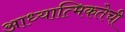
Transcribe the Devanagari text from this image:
आध्यात्मिकतेची